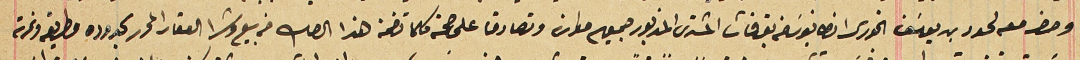
وحضر معه لحود بن يوسَف الخورى انطانيوسَ من بقرقاشا المشترى المذكور جميعهم موارنه وتصادق على صحة وكلما تضمنه هذا الصك من بيع وشرا العقار المحرر بحدوده مطابقه ونمرته